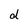
Character: d